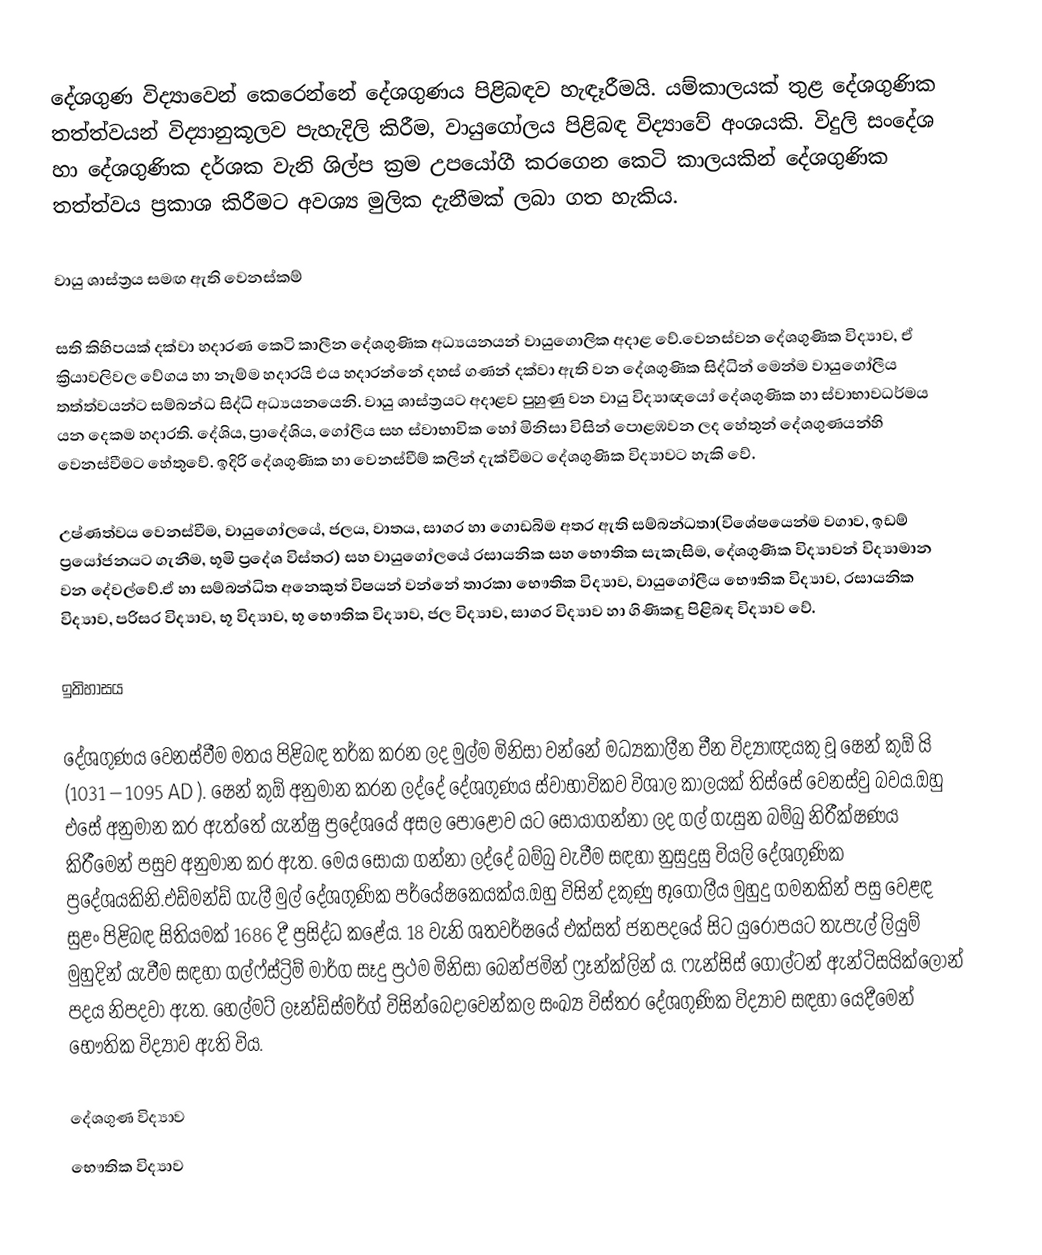
දේශගුණ විද්‍යාවෙන් කෙරෙන්නේ දේශගුණය පිළිබඳව හැඳෑරීමයි. යම්කාලයක් තුළ දේශගුණික තත්ත්වයන් විද්‍යානුකූලව පැහැදිලි කිරීම, වායුගෝලය පිළිබඳ විද්‍යාවේ අංශයකි. විදුලි සංදේශ හා දේශගුණික දර්ශක වැනි ශිල්ප ක්‍රම උප‍යෝගී කරගෙන කෙටි කාලයකින් දේශගුණික තත්ත්වය ප්‍රකාශ කිරීමට අවශ්‍ය මුලික දැනීමක් ලබා ගත හැකිය.

වායු ශාස්ත්‍රය සමඟ ඇති වෙනස්කම්

සති කිහිපයක් දක්වා හදාරණ කෙටි කාලීන දේශගුණික අධ්‍යයනයන් වායු‍ගොලික අදාළ වේ.වෙනස්වන දේශගුණික විද්‍යාව, ඒ ක්‍රියාවලිවල වේගය හා නැම්ම හදාරයි එය හදාරන්නේ දහස් ගණන් දක්වා ඇති වන දේශගුණික සිද්ධින් මෙන්ම වායුගෝලීය තත්ත්වයන්ට සම්බන්ධ සිද්ධි අධ්‍යයනයෙනි. වායු ශාස්ත්‍රයට අදාළව පුහුණු වන වායු විද්‍යාඥයෝ දේශගුණික හා ස්වාභාවධර්මය යන දෙකම හදාරති. දේශිය, ප්‍රාදේශිය, ගෝලීය සහ ස්වාභාවික හෝ මිනිසා විසින් පොළඹවන ලද හේතුන් දේශගුණයන්හි වෙනස්වීමට හේතුවේ. ඉදිරි දේශගුණික හා වෙනස්වීම් කලින් දැක්වීමට දේශගුණික විද්‍යාවට හැකි වේ.

උෂ්ණත්වය වෙනස්වීම, වායුගෝලයේ, ජලය, වාතය, සාගර හා ගොඩබිම අතර ඇති සම්බන්ධතා(විශේෂයෙන්ම වගාව, ඉඩම් ප්‍රයෝජනයට ගැනීම, භූමි ප්‍රදේශ විස්තර) සහ වායුගෝලයේ රසායනික සහ භෞතික සැකැසිම, දේශගුණික විද්‍යාවන් විද්‍යාමාන වන දේවල්වේ.ඒ හා සම්බන්ධිත අනෙකුත් විෂයන් වන්නේ තාරකා භෞතික විද්‍යාව, වායුගෝලීය භෞතික විද්‍යාව, රසායනික විද්‍යාව, පරිසර විද්‍යාව, භූ විද්‍යාව, භූ භෞතික විද්‍යාව, ජල විද්‍යාව, සාගර විද්‍යාව හා ගිණිකඳු පිළිබඳ විද්‍යාව වේ.

ඉතිහාසය

දේශගුණය වෙනස්වීම මතය පිළිබඳ තර්ක කරන ලද මුල්ම මිනිසා වන්නේ මධ්‍යකාලීන චීන විද්‍යාඥයකු වූ ෂෙන් කුඕ යි (1031 – 1095 AD ). ෂෙන් කුඕ අනුමාන කරන ලද්දේ දේශගුණය ස්වාභාවිකව විශාල කාලයක් තිස්සේ වෙනස්වු බවය.ඔහු එසේ අනුමාන කර ඇත්තේ යැන්ෂු ප්‍රදේශයේ අසල පො‍ළොව යට සොයාගන්නා ලද ගල් ගැසුන බම්බු නිරීක්ෂණය කිරීමෙන් පසුව අනුමාන කර ඇත. මෙය සොයා ගන්නා ලද්දේ බම්බු වැවීම සඳහා නුසුදුසු වියලි දේශගුණික ප්‍රදේශයකිනි.එඩ්මන්ඩ් ගැලී මුල් දේශගුණික පර්යේෂකෙයක්ය.ඔහු විසින් දකුණු භූගෝලීය මුහුදු ගමනකින් පසු වෙළඳ සුළං පිළිබඳ සිතියමක් 1686 දී ප්‍රසිද්ධ කළේය. 18 වැනි ශතවර්ෂයේ එක්සත් ජනපදයේ සිට යුරෝපයට තැපැල් ලියුම් මුහුදින් යැවීම සඳහා ගල්ෆ්ස්ට්‍රිම් මාර්ග සෑදු ප්‍රථම මිනිසා බෙන්ජමින් ෆ්‍රෑන්ක්ලින් ය. ෆැන්සිස් ගොල්ටන් ඇන්ටිසයික්ලොන් පදය නිපදවා ඇත. හෙල්මට් ලෑන්ඩ්ස්මර්ග් විසින්බෙදාවෙන්කල සංඛ්‍ය විස්තර දේශගුණික විද්‍යාව සඳහා යෙදීමෙන් භෞතික විද්‍යාව ඇති විය.

දේශගුණ විද්‍යාව
භෞතික විද්‍යාව